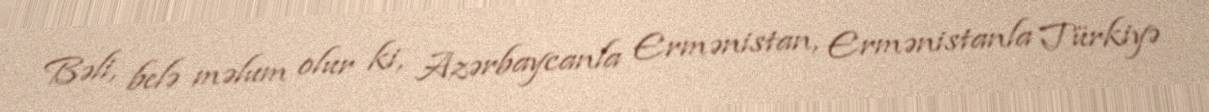
Bəli, belə məlum olur ki, Azərbaycanla Ermənistan, Ermənistanla Türkiyə